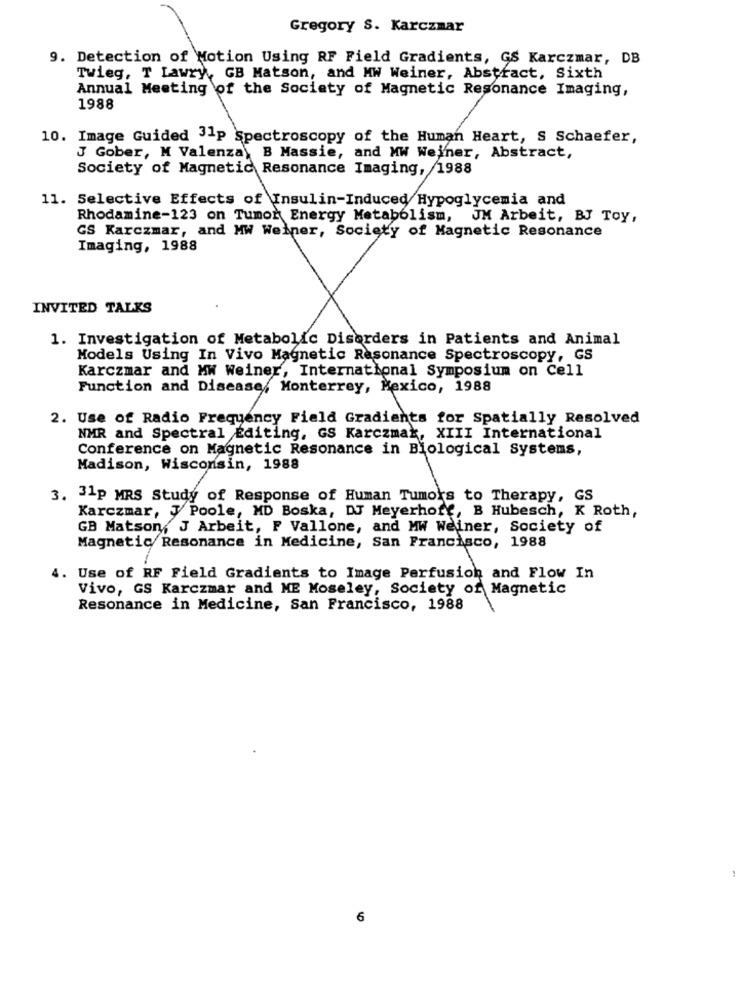
Gregory S. Karczmar
9. Detection of Motion Using RF Field Gradients, GS Karczmar, DB
Twieg, T Lawry ,, GB Matson, and MW Weiner, Abstract, Sixth
Annual Meeting of the Society of Magnetic Resonance Imaging,
1988
10. Image Guided 3-P Spectroscopy of the Human Heart, S Schaefer,
J Gober, M Valenza, B Massie, and MW Weiner, Abstract,
Society of Magnetic Resonance Imaging, /1988
11. Selective Effects of Insulin-Induced Hypoglycemia and
Rhodamine-123 on Tumor Energy Metabolism, JM Arbeit, BJ Toy,
GS Karczmar, and MW Weiner, Society of Magnetic Resonance
Imaging, 1988
INVITED TALKS
1. Investigation of Metabolic Disorders in Patients and Animal
Models Using In Vivo Magnetic Resonance Spectroscopy, GS
Karczmar and MW Weiner, International Symposium on Cell
Function and Disease, Monterrey, Mexico, 1988
2. Use of Radio Frequency Field Gradients for Spatially Resolved
NMR and Spectral Editing, GS Karczmak, XIII International
Conference on Magnetic Resonance in Biological Systems,
Madison, Wisconsin, 1988
3. 31p MRS Study of Response of Human Tumors to Therapy, GS
Karczmar, J Poole, MD Boska, DJ Meyerhoff, B Hubesch, K Roth,
GB Matson, J Arbeit, F Vallone, and MW Weiner, Society of
Magnetic Resonance in Medicine, San Francisco, 1988
4. Use of RF Field Gradients to Image Perfusion and Flow In
Vivo, GS Karczmar and ME Moseley, Society of Magnetic
Resonance in Medicine, San Francisco, 1988
6